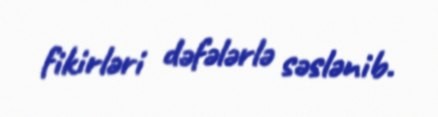
fikirləri dəfələrlə səslənib.